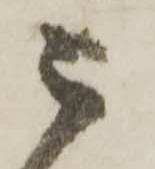
被